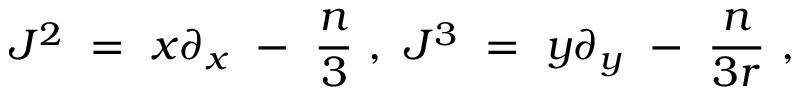
J ^ { 2 } \ = \ x \partial _ { x } \ - \ { \frac { n } { 3 } } \ , \ J ^ { 3 } \ = \ y \partial _ { y } \ - \ { \frac { n } { 3 r } } \ ,